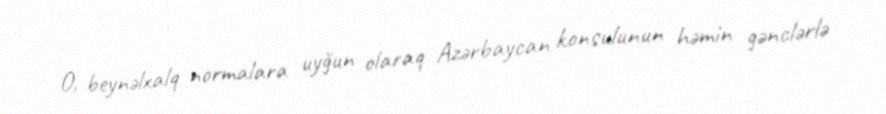
O, beynəlxalq normalara uyğun olaraq Azərbaycan konsulunun həmin gənclərlə